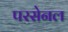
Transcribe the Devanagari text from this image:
परसेनल